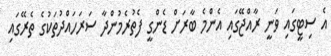
އެ ސިޓީގައި ވަނީ ރާއްޖޭގައި އެންމެ ބާރަށް ޑެންގީ ފެތުރެމުންދާ ސަރަހައްދުތަކުގެ ތެރޭގައި